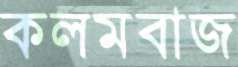
কলমবাজ